Civil Veterinary Department Bihar & Orissa reports 1922-29 - 1922-1929
Year: 1922
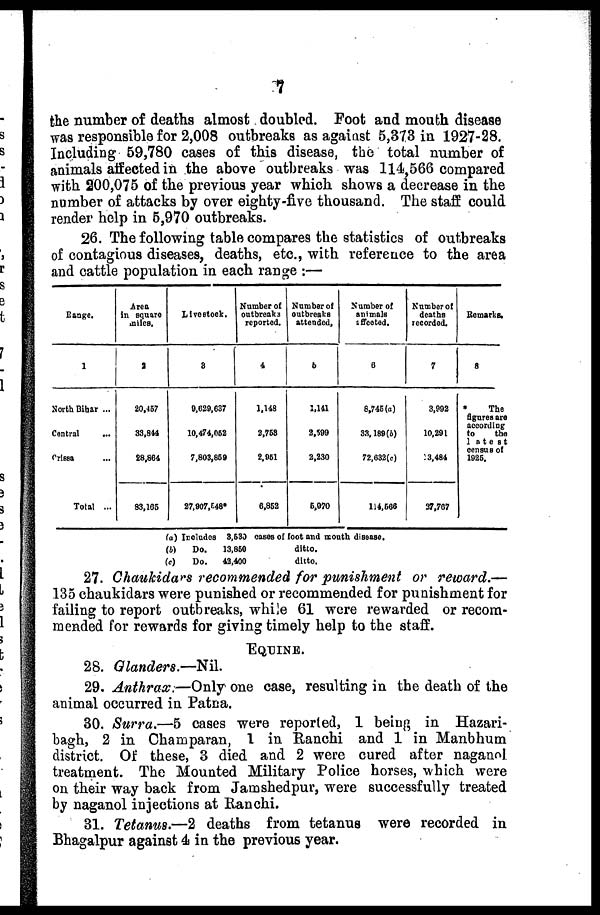
7
the number of deaths almost doubled. Foot and mouth disease
was responsible for 2,008 outbreaks as against 5,373 in 1927-28.
Including 69,780 cases of this disease, the total number of
animals affected in the above outbreaks was 114,566 compared
with 200,075 of the previous year which shows a decrease in the
number of attacks by over eighty-five thousand. The staff could
render help in 5,970 outbreaks.
26. The following table compares the statistics of outbreaks
of contagious diseases, deaths, etc., with reference to the area
and cattle population in each range :—
Range.
1
North Bihar ...
Central
Orissa
Total ...
Area
in square
allies.
2
20,457
33,844
28,864
83,105
Livestock.
3
0,029,637
10,474,062
7,803,869
27,907,548*
Number of
outbreak
reported.
4
1,148
2,768
2,061
6,862
Number of
outbreaks
attended,
5
1,141
2,599
2,230
6,070
Number of
animals
affected.
6
8,746(a)
33,189(b)
72,632(c)
114,566
Number of
deaths
recorded.
7
3,992
10,291
3,484
37,767
Remarks.
8
*
The
figures are
according
to
the
1atest
census of
1926.
(a) Includes
(b)
Do.
(c)
Do.
3,630
13,850
42,400
cases of foot and month disease.
ditto.
ditto.
27. Chaukidars recommended for punishment or reward.—
135 chaukidars were punished or recommended for punishment for
failing to report outbreaks, while 61 were rewarded or recom-
mended for rewards for giving timely help to the staff.
EQUINE.
28. Glanders.—Nil.
29. Anthrax.—Only one case, resulting in the death of the
animal occurred in Patna.
30. Surra.—5 cases were reported, 1 being in Hazari-
bagh, 2 in Champaran, 1 in Ranchi and 1 in Manbhum
district. Of these, 3 died and 2 were cured after nagano]
treatment. The Mounted Military Police horses, which were
on their way back from Jamshedpur, were successfully treated
by naganol injections at Ranchi.
31. Tetanus.—2 deaths from tetanus were recorded in
Bhagalpur against 4 in the previous year.